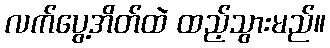
လက်ပွေ့အိတ်ထဲ ထည့်သွားမည်။